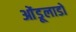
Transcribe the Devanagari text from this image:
ओंडूलाडो